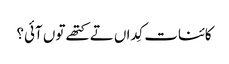
کائنات کِداں تے کتھے تو‏ں آئی؟